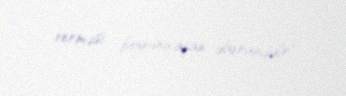
verməsi boyunu aşan davranışdır".